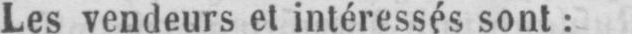
Les vendeurs et intéressés sont: